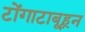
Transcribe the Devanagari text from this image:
टोंगाटाबूहून